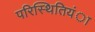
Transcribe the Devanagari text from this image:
परिस्थितियंा